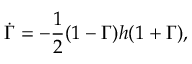
\dot { \Gamma } = - \frac { 1 } { 2 } ( 1 - \Gamma ) h ( 1 + \Gamma ) ,